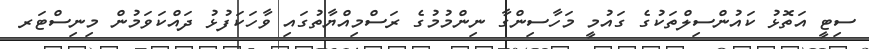
ސިޓީ އަތޮޅު ކައުންސިލްތަކުގެ ގައުމީ މަހާސިންގާ ނިންމުމުގެ ރަސްމިއްޔާތުގައި ވާހަކަފުޅު ދައްކަވަމުން މިނިސްޓަރ